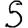
Digit: 5